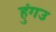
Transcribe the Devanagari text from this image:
हुंगउ